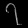
Digit: ၇